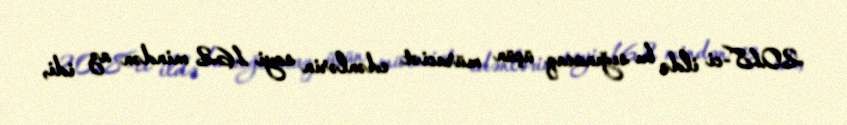
2018-ci ildə bu sığınacaq üçün müraciət edənlərin sayi 162 mindən az idi,